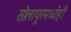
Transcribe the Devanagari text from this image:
सोलापूरमध्येही